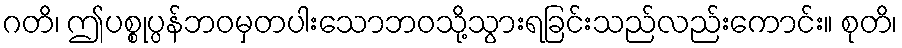
ဂတိ၊ ဤပစ္စုပ္ပန်ဘဝမှတပါးသောဘဝသို့သွားရခြင်းသည်လည်းကောင်း။ စုတိ၊